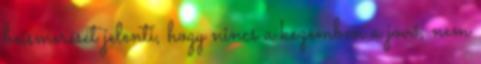
beismerését jelenti, hogy nincs a kezemben a jövő, nem